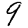
Digit: 9